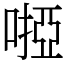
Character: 𠻺